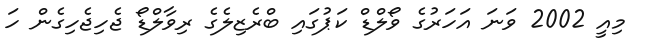
މިއީ 2002 ވަނަ އަހަރުގެ ވޯލްޑް ކަޕުގައި ބްރެޒިލެގެ ރިވާލްޑޯ ޖެހިޖެހިގެން ހަ